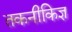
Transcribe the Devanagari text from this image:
तकनीकिज्ञ